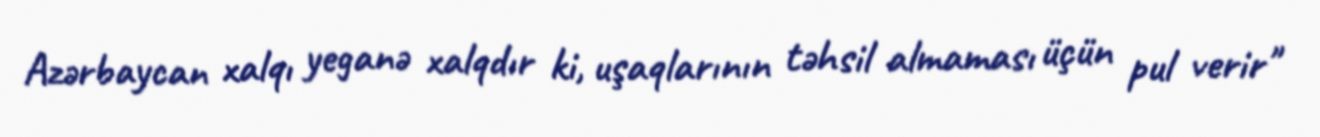
Azərbaycan xalqı yeganə xalqdır ki, uşaqlarının təhsil almaması üçün pul verir"